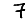
Digit: 7